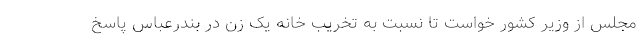
مجلس از وزیر کشور خواست تا نسبت به تخریب خانه یک زن در بندرعباس پاسخ